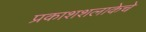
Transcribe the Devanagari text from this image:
प्रकाशशलाकेचे